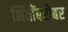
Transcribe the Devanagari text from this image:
भिंतींबरोबर